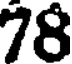
78